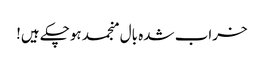
خراب شدہ بال منجمد ہوچکے ہیں!